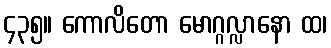
၄၃၅။ ကောလိတော မောဂ္ဂလ္လာနော ထ၊